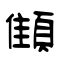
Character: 顀